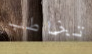
تخاطب